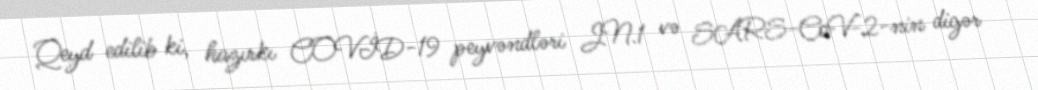
Qeyd edilib ki, hazırkı COVİD-19 peyvəndləri JN.1 və SARS-CoV-2-nin digər